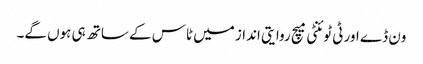
ون ڈے اور ٹی ٹوئنٹی میچ روایتی انداز میں ٹاس کے ساتھ ہی ہوں گے۔